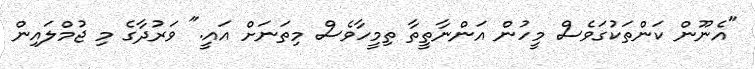
"އެނޫން ކަންތަކުގަވެސް މީހުން އަންނާތީތާ ތިމީހާވެސް މިތަނަށް އައީ." ވަރުދާގެ މި ޖުމްލައިން